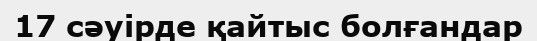
17 сәуірде қайтыс болғандар